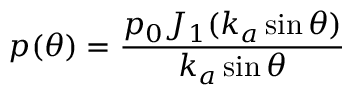
p ( \theta ) = { \frac { p _ { 0 } J _ { 1 } ( k _ { a } \sin \theta ) } { k _ { a } \sin \theta } }